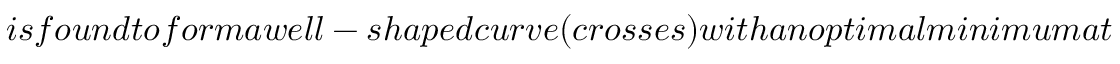
i s f o u n d t o f o r m a w e l l - s h a p e d c u r v e ( c r o s s e s ) w i t h a n o p t i m a l m i n i m u m a t